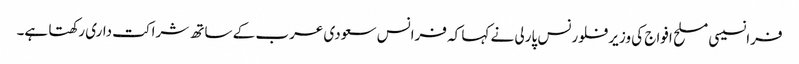
فرانسیسی مسلح افواج کی وزیر فلورنس پارلی نے کہا کہ فرانس سعودی عرب کے ساتھ شراکت داری رکھتا ہے۔